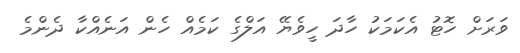
ވަރަށް ހޮޓު އެކަމަކު ހާދަ ހީވެޔޭ އަލްގެ ކަމެއް ހެން އަނެއްކާ ދެންމެ